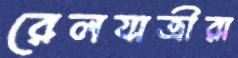
রেলযাত্রীরা